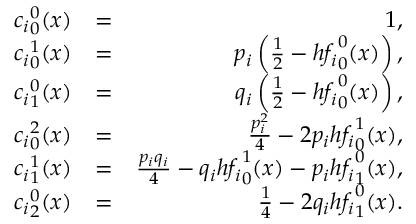
\begin{array} { r l r } { { c _ { i } } _ { 0 } ^ { 0 } ( x ) } & { = } & { 1 , } \\ { { c _ { i } } _ { 0 } ^ { 1 } ( x ) } & { = } & { p _ { i } \left( \frac { 1 } { 2 } - h { f _ { i } } _ { 0 } ^ { 0 } ( x ) \right) , } \\ { { c _ { i } } _ { 1 } ^ { 0 } ( x ) } & { = } & { q _ { i } \left( \frac { 1 } { 2 } - h { f _ { i } } _ { 0 } ^ { 0 } ( x ) \right) , } \\ { { c _ { i } } _ { 0 } ^ { 2 } ( x ) } & { = } & { \frac { p _ { i } ^ { 2 } } { 4 } - 2 p _ { i } h { f _ { i } } _ { 0 } ^ { 1 } ( x ) , } \\ { { c _ { i } } _ { 1 } ^ { 1 } ( x ) } & { = } & { \frac { p _ { i } q _ { i } } { 4 } - q _ { i } h { f _ { i } } _ { 0 } ^ { 1 } ( x ) - p _ { i } h { f _ { i } } _ { 1 } ^ { 0 } ( x ) , } \\ { { c _ { i } } _ { 2 } ^ { 0 } ( x ) } & { = } & { \frac { 1 } { 4 } - 2 q _ { i } h { f _ { i } } _ { 1 } ^ { 0 } ( x ) . } \end{array}